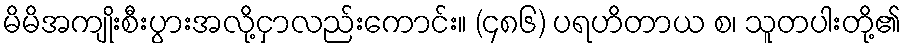
မိမိအကျိုးစီးပွားအလို့ငှာလည်းကောင်း။ (၄၈၆) ပရဟိတာယ စ၊ သူတပါးတို့၏